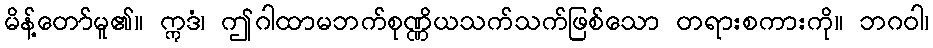
မိန့်တော်မူ၏။ ဣဒံ၊ ဤဂါထာမဘက်စုဏ္ဏိယသက်သက်ဖြစ်သော တရားစကားကို။ ဘဂဝါ၊